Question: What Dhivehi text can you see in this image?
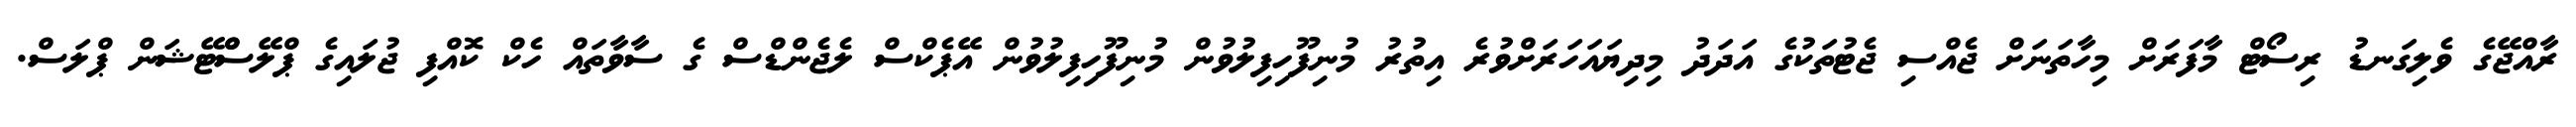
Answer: ރާއްޖޭގެ ވެލިގަނޑު ރިސޯޓް މާފަރަށް މިހާތަނަށް ޖެއްސި ޖެޓުތަކުގެ އަދަދު މިދިޔައަހަރަށްވުރެ އިތުރު މުނިފޫހިފިލުވުން މުނިފޫހިފިލުވުން އޭޕެކްސް ލެޖެންޑްސް ގެ ސާވާތައް ހެކް ކޮއްފި ޖުލައިގެ ޕްލޭސްްޓޭޝަން ޕްލަސް.